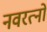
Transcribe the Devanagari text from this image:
नवरत्नो